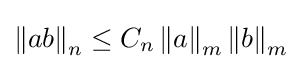
\left\|ab\right\|_{n}\leq C_{n}\left\|a\right\|_{m}\left\|b\right\|_{m}